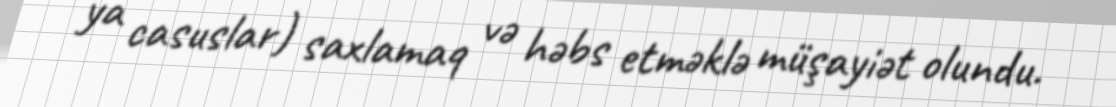
ya casuslar) saxlamaq və həbs etməklə müşayiət olundu.